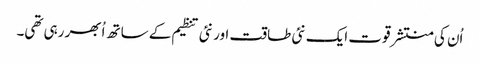
اُن کی منتشر قوت ایک نئی طاقت اور نئی تنظیم کے ساتھ اُبھر رہی تھی۔